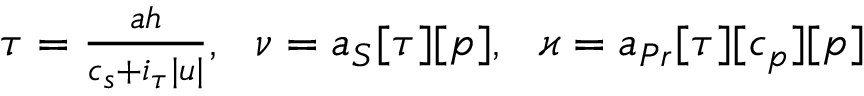
\begin{array} { r } { \tau = \frac { a h } { c _ { s } + i _ { \tau } | u | } , \ \ \nu = a _ { S } [ \tau ] [ p ] , \ \ \varkappa = a _ { P r } [ \tau ] [ c _ { p } ] [ p ] } \end{array}